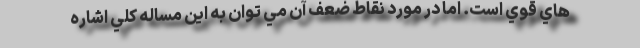
هاي قوي است. اما در مورد نقاط ضعف آن مي توان به اين مساله كلي اشاره